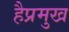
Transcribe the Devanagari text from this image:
हैप्रमुख